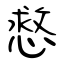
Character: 慦